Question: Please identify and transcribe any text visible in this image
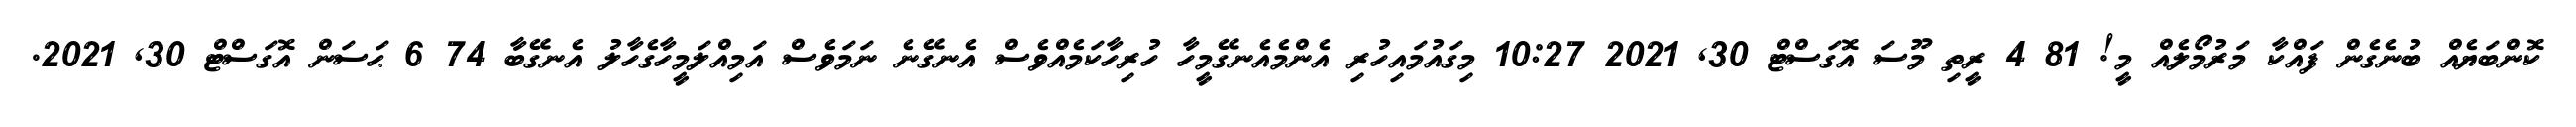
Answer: ކޮންބަޔެއް ބުނެގެން ފައްކާ މަރުމޯލެއް މީ! 81 4 ރީތި މޫސަ އޮގަސްޓް 30, 2021 10:27 މިގައުމައިހުރި އެންމެއެނގޭމީހާ ހުރިހާކަމެއްވެސް އެނގޭނެ ނަމަވެސް އަމިއްލަމީހާގެހާލު އެނގޭބާ 74 6 ޙަސަން އޮގަސްޓް 30, 2021.